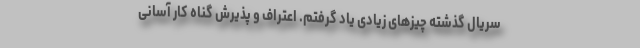
سریال گذشته چیزهای زیادی یاد گرفتم. اعتراف و پذیرش گناه کار آسانی